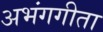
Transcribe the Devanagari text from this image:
अभंगगीता